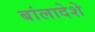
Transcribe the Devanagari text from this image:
बांलादेशे